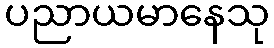
ပညာယမာနေသု